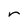
Character: r